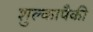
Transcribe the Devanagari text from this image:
शुल्कापैकी